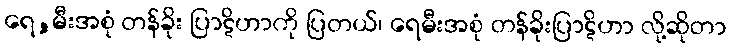
ရေ,မီးအစုံ တန်ခိုး ပြာဋိဟာကို ပြတယ်၊ ရေမီးအစုံ တန်ခိုးပြာဋိဟာ လို့ဆိုတာ